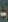
-